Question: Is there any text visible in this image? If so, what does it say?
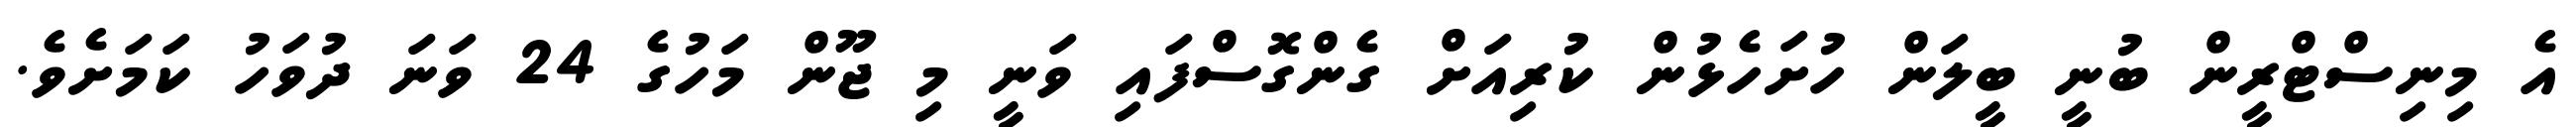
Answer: އެ މިނިސްޓްރީން ބުނީ ބީލަން ހުށަހެޅުން ކުރިއަށް ގެންގޮސްފައި ވަނީ މި ޖޫން މަހުގެ 24 ވަނަ ދުވަހު ކަމަށެވެ.